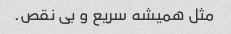
مثل همیشه سریع و بی نقص.